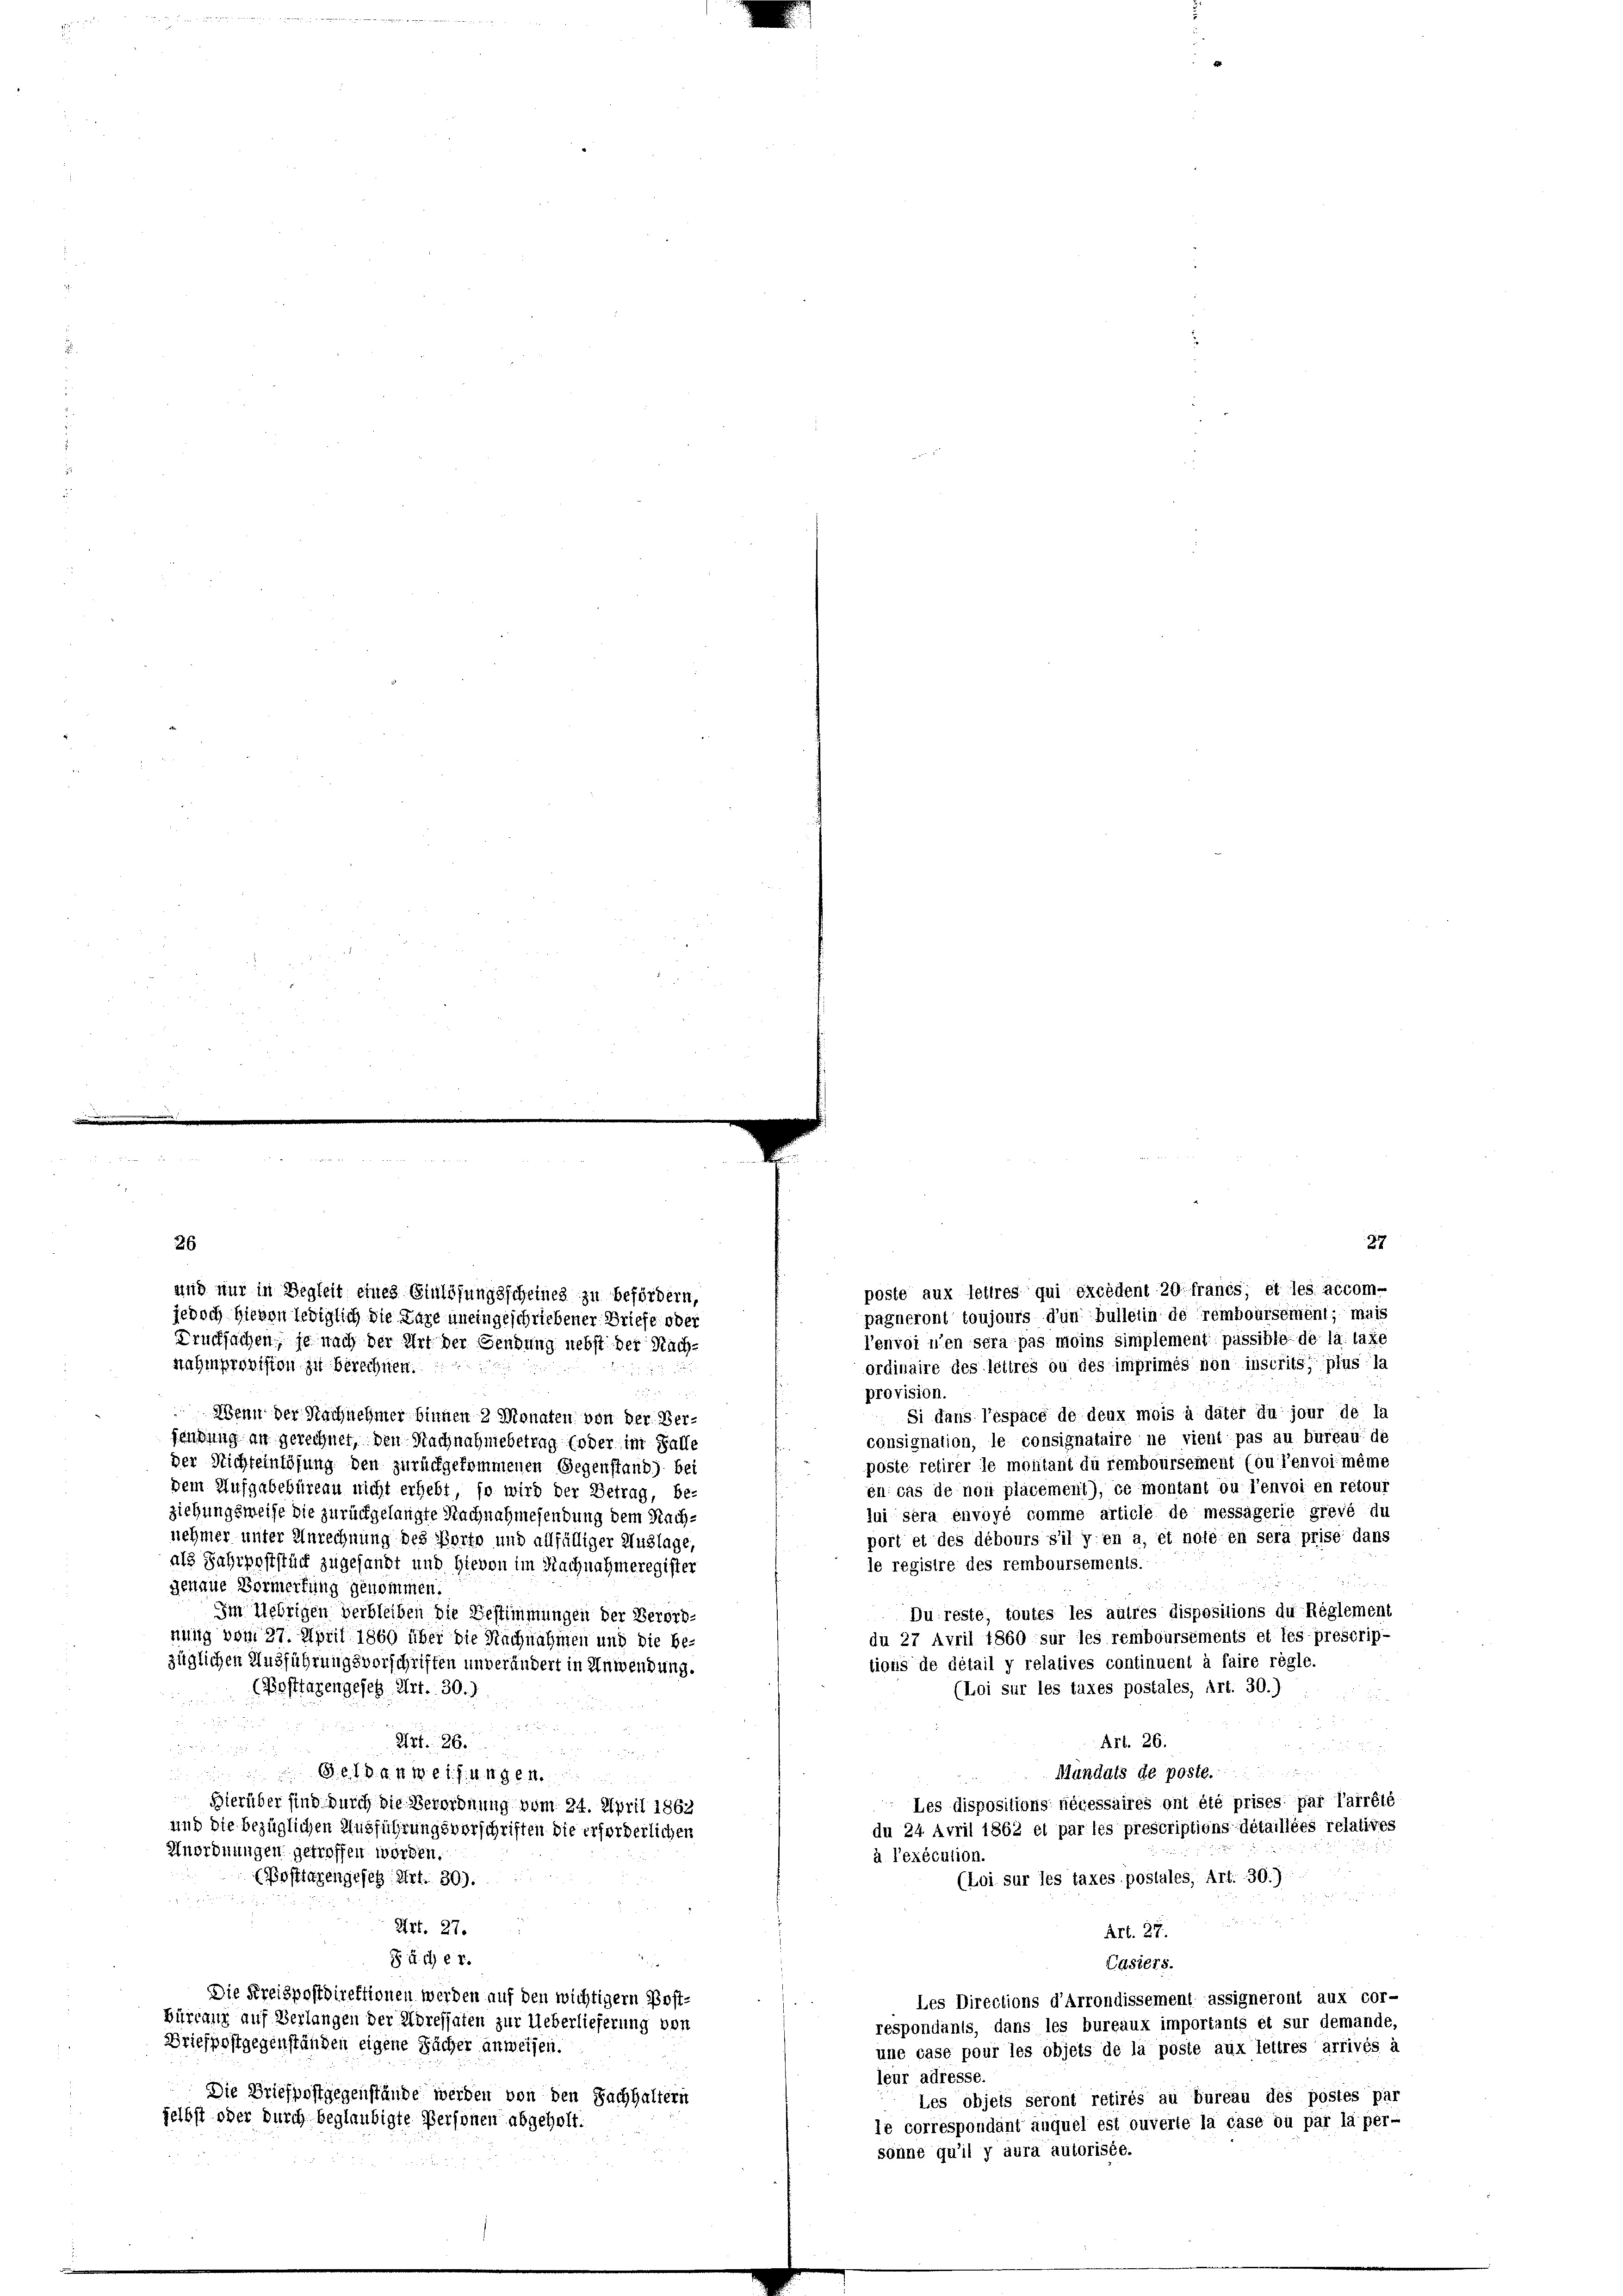
26
l’envoi n’en sera pas moins simplement passible de la laze
ordinaire des lettres ou des imprimés non inscrits plus la
sahmprovision zu berechten.
provision.
Si dans l’espace de deux mois à däter du jour de la
 Wenn der Nachnehmer binnen 2 Monaten von der Verconsignation, le consignataire ne vient pas au bureau de
fendung an gerechnet, den Nachnahmebetrag (oder im Falle
poste retirer le montant du remboursement (ou l’envoi même
der Nichteinlösung den zurückgekommenen Gegenstand) bei
en cas de non placement), ce montant ou l’envoi en retour
dem Aufgabebüreau nicht erhebt, so wird der Betrag, be-
lui sera envoyé comme article de messagerie grevé du
ziehungsweise die zurückgelangte Nachnahmesendung dem Nachnehmer unter Anrechnung des Porto und allfälliger Auslage,
port et des debours s’il y en a, et hoffen sera prise dans
als Fahrpoststück zugesandt und hievon im Nachnahmeregister
le registre des remboursements.
genaue Vormerkung genommen.
Im Uebrigen verbleiben die Bestimmungen der Verord-
Du reste, toutes les autres dispositions du Réglement
du 27 Avril 1860 sur les rembourséments et les prescrip-
nung vom 27. April 1860 über die Nachnahmen und die be-
tions de détail y relatives continuent à faire rögle.
züglichen Ausführungsvorschriften unverändert in Anwendung.
(Loi sur les taxes postales, Art. 30.)
(Posttagengesetz Art. 30.)
12
s
25 26.
Art. 26.

Mundats de poste.
lt . . . 161. fl. 1. gl. M.
Les dispositions nécessaires ont été prises par l’arrêté
Hierüber sind durch die Verordnung vom 24. April 1862
und die bezüglichen Ausführungsvorschriften die erforderlichen
du 24 Avril 1862 et par les prescriptions détaillées relatives
Anordnungen getroffen worden.
à l’exécution.
(Posttarengeseh Art. 30).
(Loi sur les taxes postales, Art. 30.)
Art. 29.
Art. 27.
S u. ich er.
Casiers.
Die Kreispostdirektionen werden auf den wichtigem Post-
Les Directions d’Arrondissement assigneront aux cor-
Bürranz auf Verlangen der Adressaten zur Ueberlieferung von
respondants, dans les bureaux importants et sur demande,
Briefpostgegenständen eigene Fächer anweisen.
une case pour les objets de la pöste aux Tettres arrivés à
leur adresse.
Die Briefpostgegenstände werden von den Sachhaltern
Les objets seront retirés au bureau des postes par
selbst oder durch beglaubigte Personen abgeholt.
le correspondant auquel est ouverte la case ou par la per-
sonne qu’il y aura autorisée.

und nur in Begleit eines Einlösungsscheines zu befördern,
jedoch hievon lediglich die Lage uneingeschriebener Briefe oder
Drucksachen, je nach der Art der Gendung nebst der Nach¬

poste aux lettres qui excédent 20 francs, et les accom-
pagneront toujours d’un bulletin de remboursement; mais

27